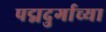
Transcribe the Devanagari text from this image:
पद्मदुर्गाच्या